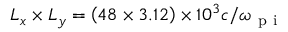
L _ { x } \times L _ { y } = \left( 4 8 \times 3 . 1 2 \right) \times 1 0 ^ { 3 } c / \omega _ { \mathrm { ~ p ~ i ~ } }